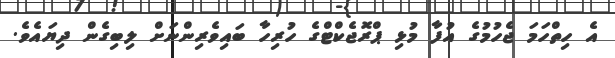
އެ ހިތްހަމަ ޖެހުމުގެ އުފާ މުޅި ޕްރޮޖެކްޓްގެ ހުރިހާ ބައިވެރިންނަށް ލިބިގެން ދިޔައެވެ.